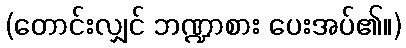
(တောင်းလျှင် ဘဏ္ဍာစား ပေးအပ်၏။)